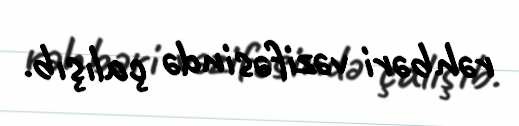
rəhbəri vəzifəsində çalışıb.